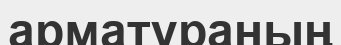
арматураның